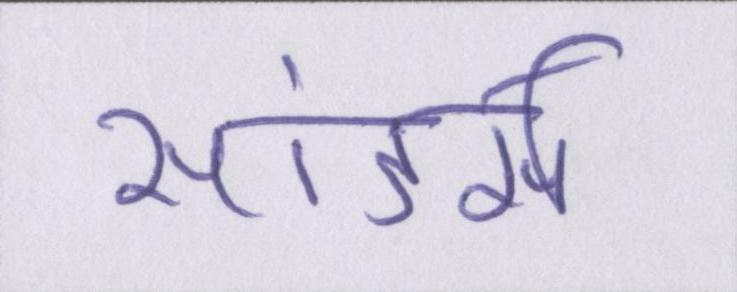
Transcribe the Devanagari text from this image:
सांडर्स